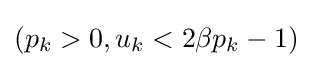
(p_{k}>0,u_{k}<2\beta p_{k}-1)